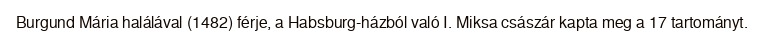
Burgund Mária halálával (1482) férje, a Habsburg-házból való I. Miksa császár kapta meg a 17 tartományt.